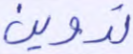
تدوين